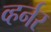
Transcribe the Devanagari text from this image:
व्हर्नर